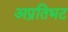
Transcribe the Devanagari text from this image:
अप्रतिभट